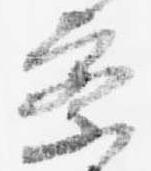
察